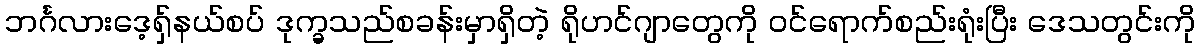
ဘင်္ဂလားဒေ့ရှ်နယ်စပ် ဒုက္ခသည်စခန်းမှာရှိတဲ့ ရိုဟင်ဂျာတွေကို ဝင်ရောက်စည်းရုံးပြီး ဒေသတွင်းကို